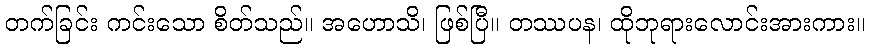
တက်ခြင်း ကင်းသော စိတ်သည်။ အဟောသိ၊ ဖြစ်ပြီ။ တဿပန၊ ထိုဘုရားလောင်းအားကား။